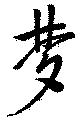
夢